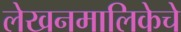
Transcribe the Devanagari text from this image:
लेखनमालिकेचे